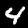
Label: 4